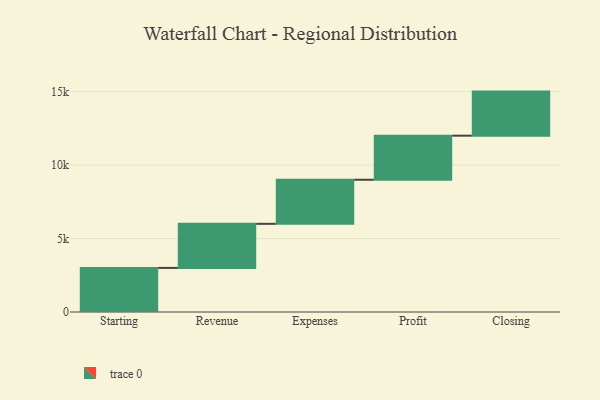
{"axis": {"x": "Step", "y": "Value"}, "legend": [""], "data": [{"x": "Starting", "y": 3000, "type": ""}, {"x": "Revenue", "y": 3000, "type": ""}, {"x": "Expenses", "y": 3000, "type": ""}, {"x": "Profit", "y": 3000, "type": ""}, {"x": "Closing", "y": 3000, "type": ""}]}